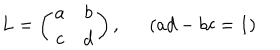
LaTeX: L = \left( \begin{array} { c c } { { a } } & { { b } } \\ { { c } } & { { d } } \\ \end{array} \right) , ( a d - b c = 1 )